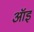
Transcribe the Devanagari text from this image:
ऑइ